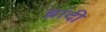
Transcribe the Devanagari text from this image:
ब्रांदी